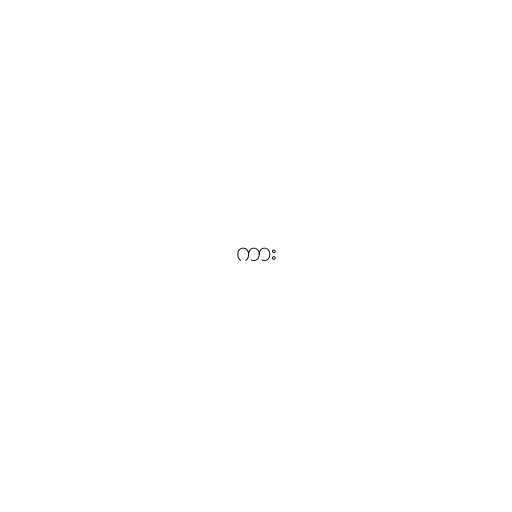
ကား